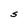
Character: S